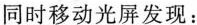
同时移动光屏发现：